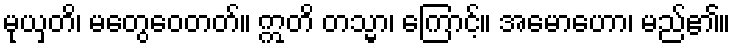
မုယှတိ၊ မတွေဝေတတ်။ ဣတိ တသ္မာ၊ ကြောင့်။ အမောဟော၊ မည်၏။